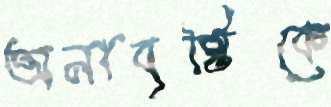
অনাবৃষ্টিকে